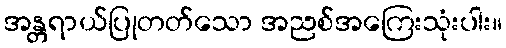
အန္တရာယ်ပြုတတ်သော အညစ်အကြေးသုံးပါး။